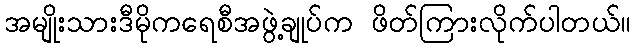
အမျိုးသားဒီမိုကရေစီအဖွဲ့ချုပ်က ဖိတ်ကြားလိုက်ပါတယ်။